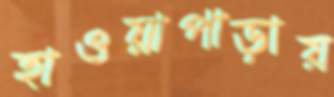
হাওয়াপাড়ায়